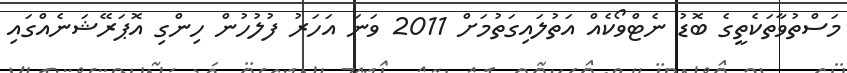
މަސްތުވާތަކެތީގެ ބޮޑު ނެޓްވޯކެއް އަތުލައިގަތުމަށް 2011 ވަނަ އަހަރު ފުލުހުން ހިންގި އޮޕަރޭޝަނެއްގައި